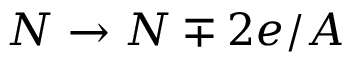
N \to N \mp 2 e / A